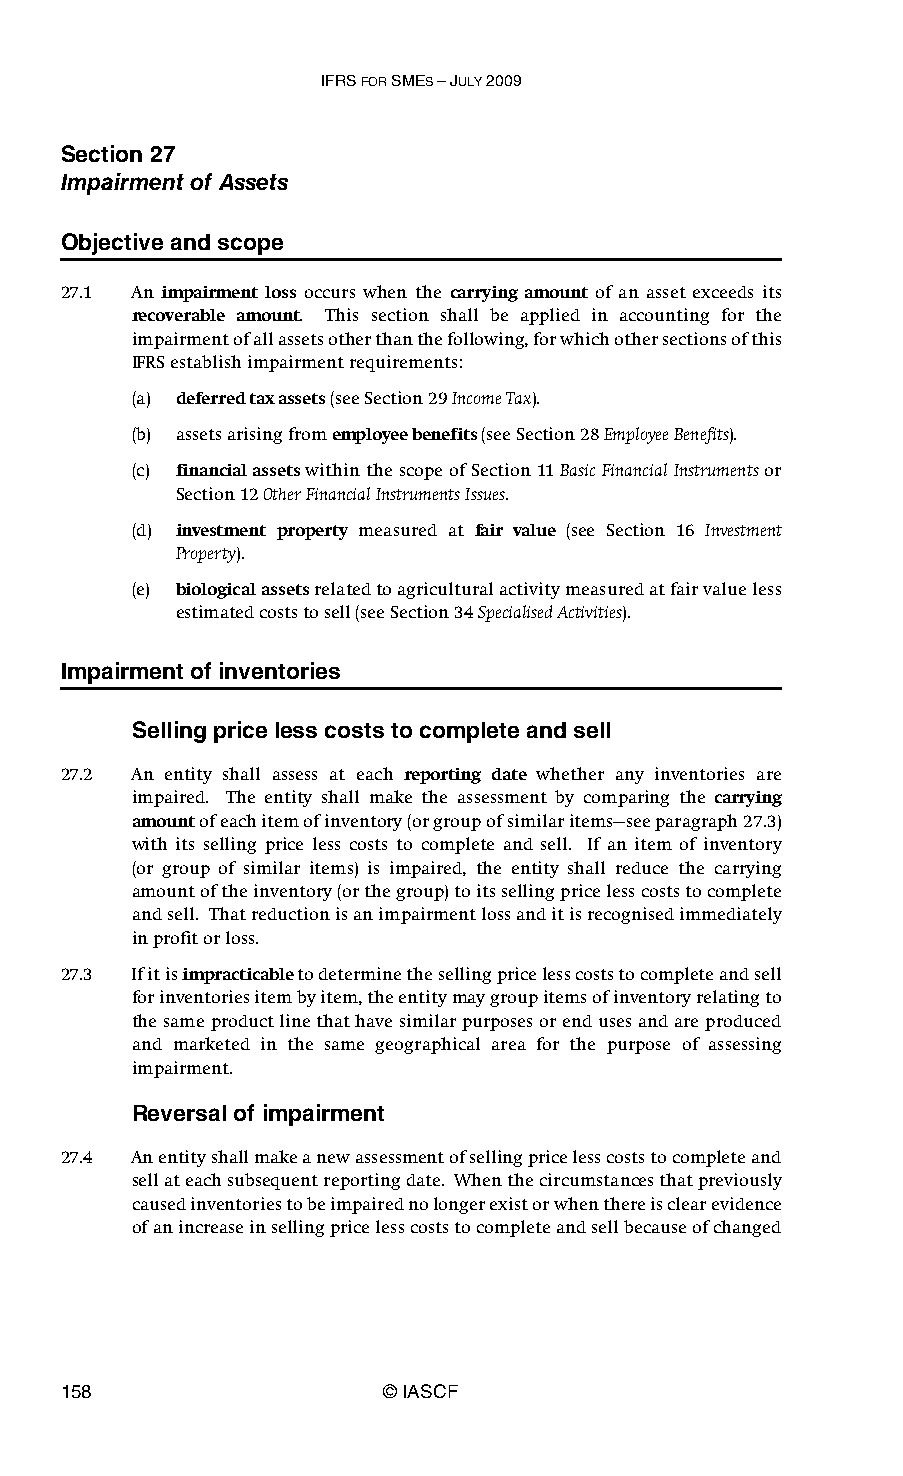
IFRS FOR SMES – JULY 2009
 Section 27
 Impairment of Assets
 Objective and scope
 27.1 An impairment loss occurs when the carrying amount of an asset exceeds its
 recoverable amount. This section shall be applied in accounting for the
 impairment of all assets other than the following, for which other sections of this
 IFRS establish impairment requirements:
 (a) deferred tax assets (see Section 29 Income Tax).
 (b) assets arising from employee benefits (see Section 28 Employee Benefits).
 (c) financial assets within the scope of Section 11 Basic Financial Instruments or
 Section 12 Other Financial Instruments Issues.
 (d) investment property measured at fair value (see Section 16 Investment
 Property).
 (e) biological assets related to agricultural activity measured at fair value less
 estimated costs to sell (see Section 34 Specialised Activities).
 Impairment of inventories
 Selling price less costs to complete and sell
 27.2 An entity shall assess at each reporting date whether any inventories are
 impaired. The entity shall make the assessment by comparing the carrying
 amount of each item of inventory (or group of similar items—see paragraph 27.3)
 with its selling price less costs to complete and sell. If an item of inventory
 (or group of similar items) is impaired, the entity shall reduce the carrying
 amount of the inventory (or the group) to its selling price less costs to complete
 and sell. That reduction is an impairment loss and it is recognised immediately
 in profit or loss.
 27.3 If it is impracticable to determine the selling price less costs to complete and sell
 for inventories item by item, the entity may group items of inventory relating to
 the same product line that have similar purposes or end uses and are produced
 and marketed in the same geographical area for the purpose of assessing
 impairment.
 Reversal of impairment
 27.4 An entity shall make a new assessment of selling price less costs to complete and
 sell at each subsequent reporting date. When the circumstances that previously
 caused inventories to be impaired no longer exist or when there is clear evidence
 of an increase in selling price less costs to complete and sell because of changed
 158                   © IASCF